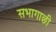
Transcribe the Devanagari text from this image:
सभागाछी